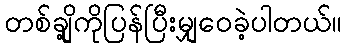
တစ်ချို့ကိုပြန်ပြီးမျှဝေခဲ့ပါတယ်။